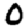
Digit: 0